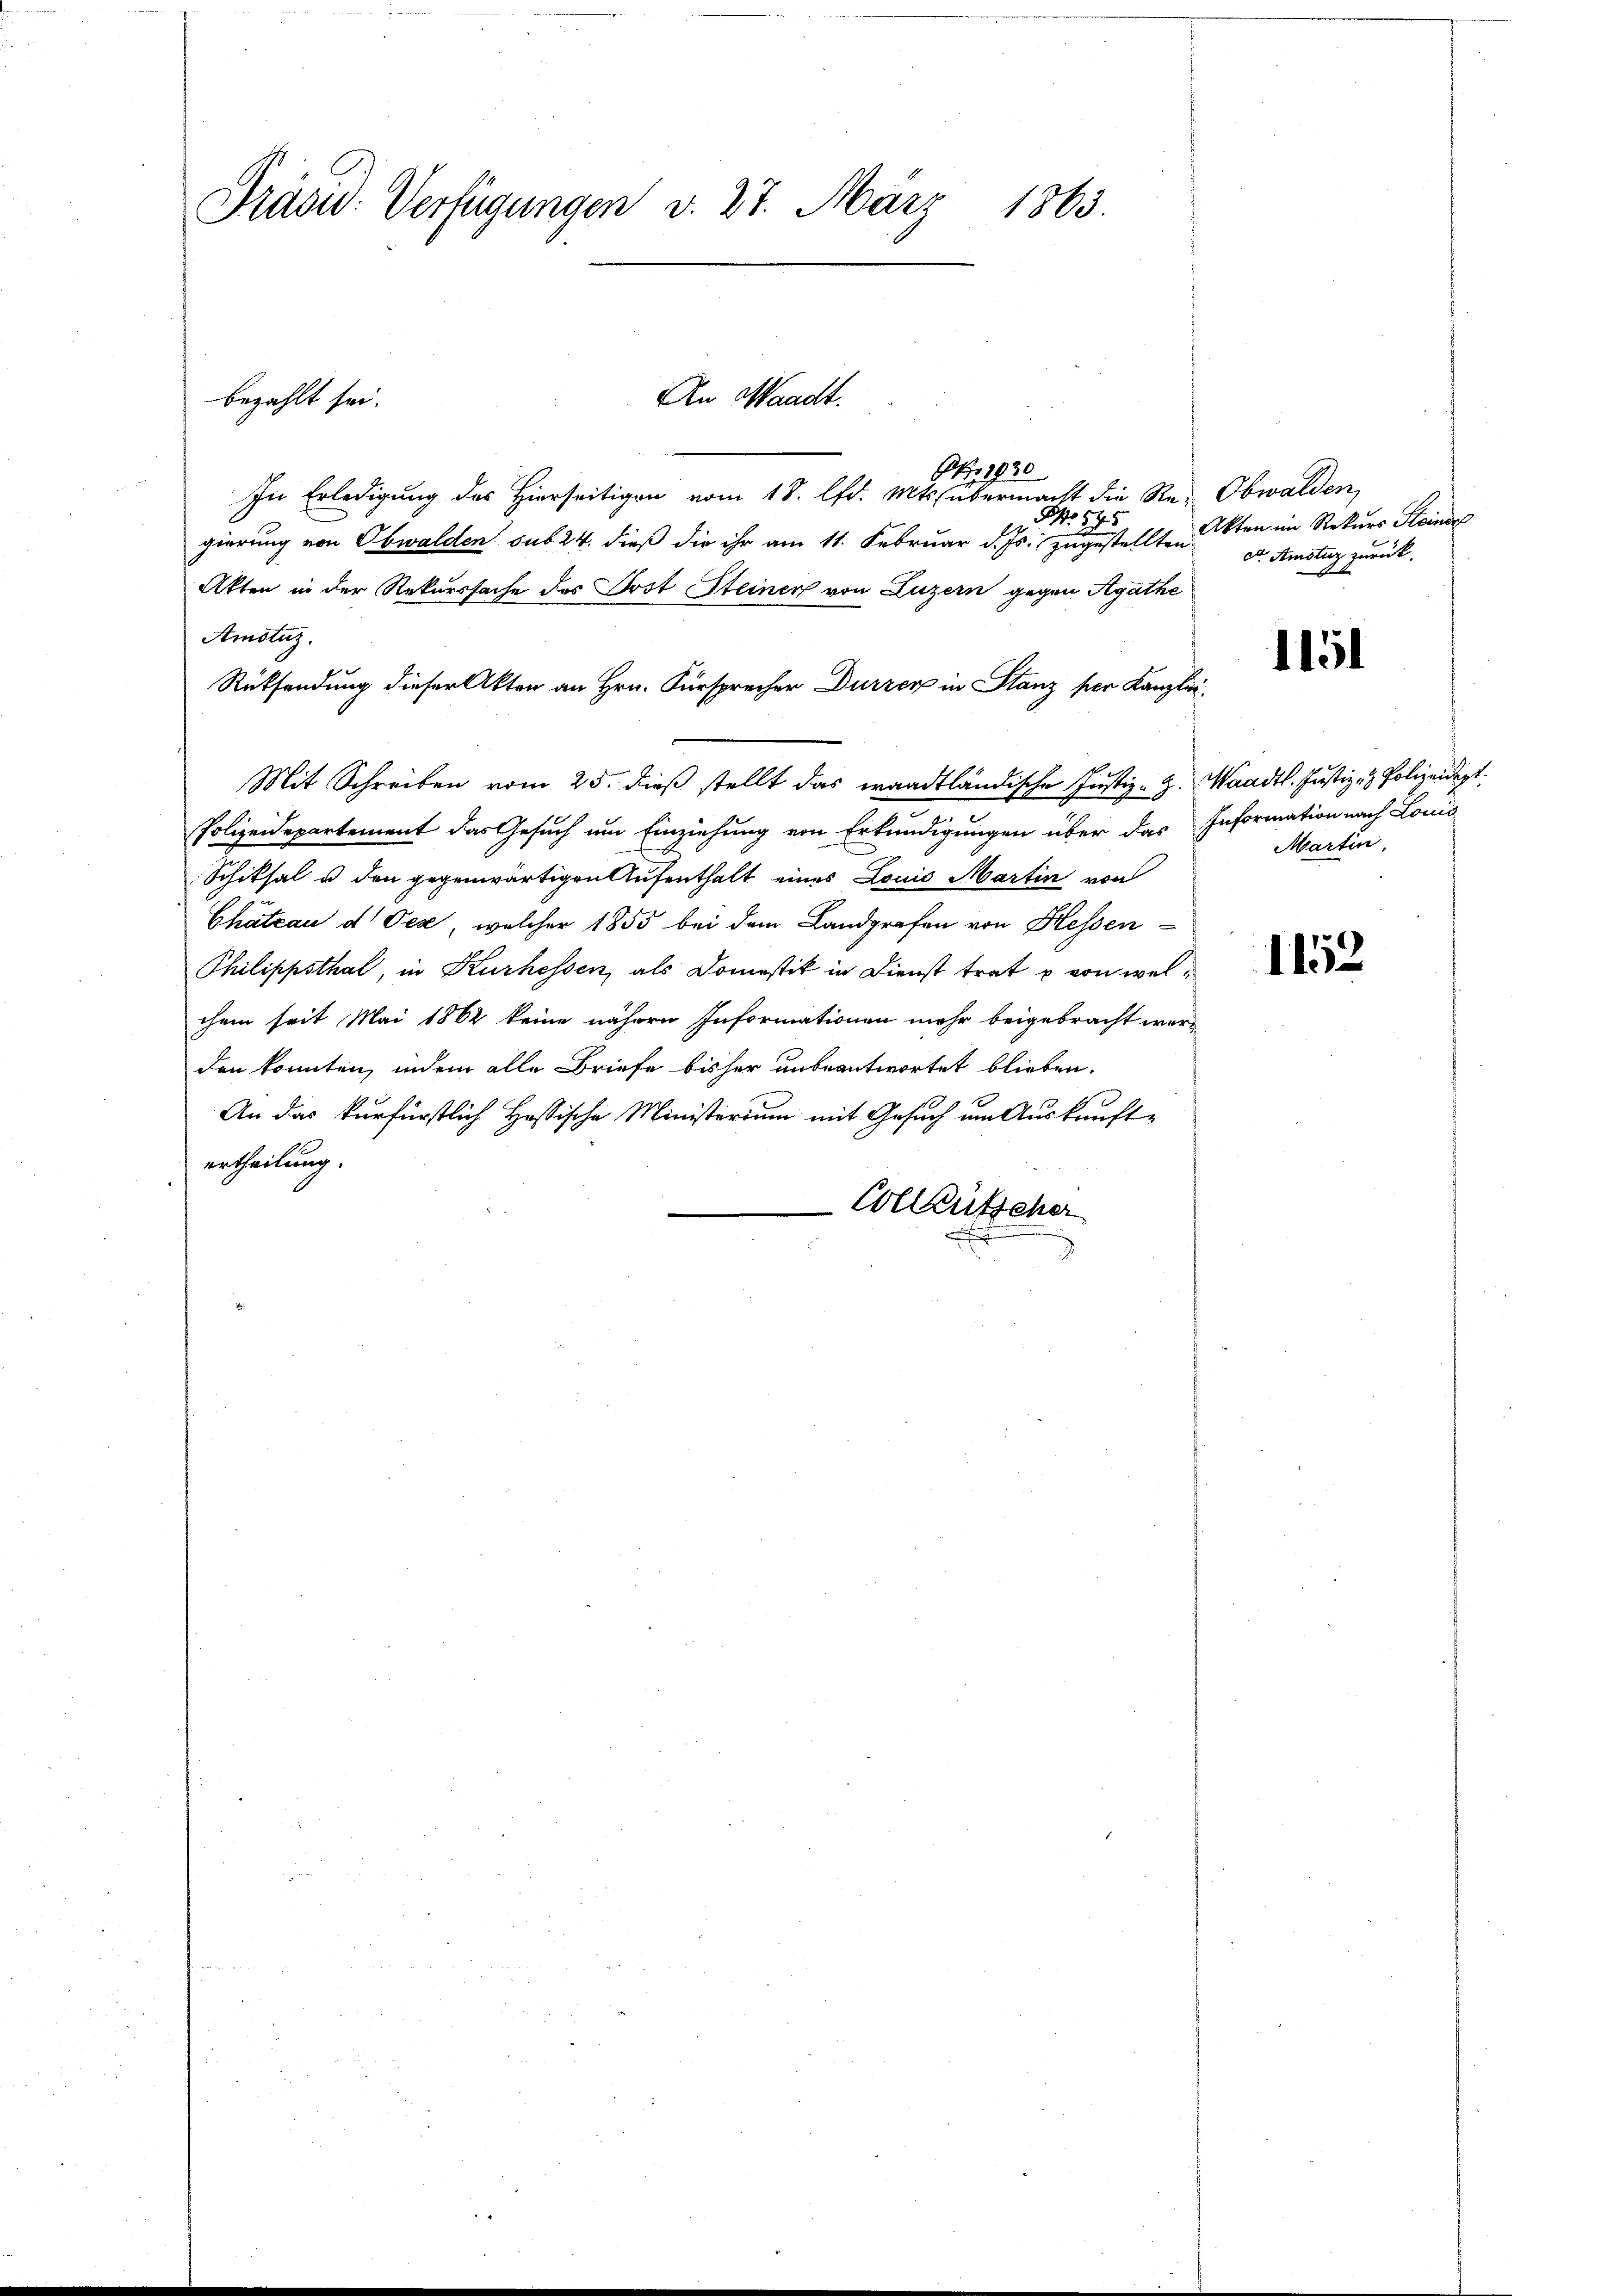
An Waadt.
bezahlt sei.
 1930
In Erledigung des Hierseitigen vom 18. lfd. Mts. übermacht die Re- Obwalden,
NNo. 545.
gierung von Obwalden sub 24. dieß die ihr am 11. Februar d. Js. zugestellten
Akten in der Rekurssache des Post Steiner von Luzern gegen Agathe
Amotuz.
Rücksendung dieser Akten an Hrn. Fürsprecher Durzer in Stanz per Kanzlei
Mit Schreiben vom 25. dieß stellt das waadtländische Justiz-Z. Waadt. Justiz- & Polizeidept.
d
Polizeidepartement das Gesuch um Einziehung von Erkundigungen über das Information nach Louis
Schiksal u den gegenwärtigen Aufenthalt eines Louis Martin von
Chateau d Oex, welcher 1855 bei dem Landgrafen von Hessen
Philippsthal, in Kurhessen, als Domostik in Dienst trat u von welchem seit Mai 1862 keine nähern Informationen mehr beigebracht werden konnten, indem alle Briefe bisher unbeantwortet blieben.
An das kurfürstlich Hassische Ministerium mit Gesuch um Auskauft-
ertheilung.
Colleütscher

Präsid. Verfügungen d. 27. März 1863.

Akten im Rekurs Steiner
ct. Amsturz zurück.

1151

Martin,

1152.